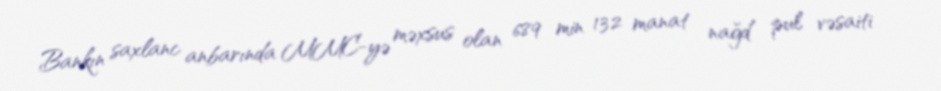
Bankın saxlanc anbarında MMC-yə məxsus olan 689 min 132 manat nağd pul vəsaiti